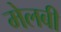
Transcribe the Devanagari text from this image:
मेलबी